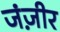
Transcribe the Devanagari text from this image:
जंज़ीर